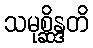
သမုစ္ဆိန္ဒတိ